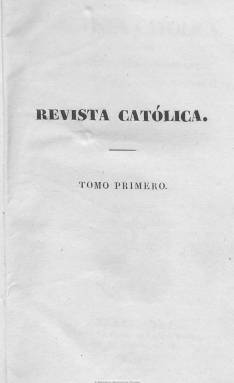
Título: Revista católica (Barcelona)
Colección: Religión
Ámbito geográfico: Barcelona
Lugar de publicación: Barcelona
Fechas: 01/07/1842-31/10/1868

Publicación que aparece en julio de 1842, fundada y dirigida en sus primeros años por quien después sería designado obispo de Vic y posteriormente de Barcelona, el apologista católico Antonio Abad Palau Termes, catalán nacido en 1806, amigo íntimo y admirador de Antonio María Claret (1807-1870), que por su parte será confesor de Isabel II, fundador de una congregación misionera y que terminará siendo canonizado en 1950. La revista mantiene a lo largo de su vida el largo subtítulo “historia contemporánea de los padecimientos y triunfos de la Iglesia de Jesucristo redactada de las pastorales, cartas y escritos de los señores obispos de ambos mundos, como también de documentos relativos a las misiones y al ministerio sacerdotal”.

Inserta reseñas, artículos y estudios de historia de la iglesia católica, con especial interés de sus misiones, así como documentos (cartas, pastorales, circulares, etc.) de los miembros de sus jerarquías; un repertorio compilatorio de bulas y otros documentos papales y de las congregaciones religiosas; informaciones sobre el movimiento del personal del episcopado y principales miembros del clero español y necrológicas de los mismos, y de los acontecimientos nacionales e internacionales en los que la institución eclesial se ve envuelta y de su situación en diversos países del mundo.

Junto a estos contenidos estrictamente de carácter religioso y eclesiástico, inserta otros de carácter oficial o gubernamental, como son los textos legales emitidos por la autoridad política y civil relativos a las instituciones eclesiásticas y religiosas, sentencias judiciales, dictámenes, discursos, etc. Incluso ofrece noticias nacionales e internacionales. Entre los epígrafes de sus secciones aparecen las de apologética, eclesiástica, histórica, oficial, científica, política o de variedades, con crónicas sobre estos asuntos. Así, será muy crítico con la desamortización eclesiástica o, desde su doctrinarismo, combatirá las ideas políticas de un catedrático como Emilio Castelar.

En suma, además de su carácter apologético, expondrá las doctrinas eclesiásticas y ofrecerá opiniones sobre los asuntos de carácter político, social e ideológico que afecten al catolicismo oficial; sin embargo, huirá de la discusión y la polémica directa. En uno de sus textos se definirá así: “Somos católicos, y escribimos tan solo para nuestros compatriotas, los católicos españoles”, en un país que considerará “exclusivamente” católico. En cuanto a quien estaba destinada la publicación, señalará que a la jerarquía eclesiástica, pero también a los fieles católicos en general.

Con periodicidad mensual, compuesta a una columna y estampada en la imprenta barcelonesa de Pablo Riera y más tarde de sus herederos, sus entregas tendrán al principio en torno al centenar de páginas, formando un tomo semestral con paginación continuada. Así edita sus primeros 33 tomos, hasta julio de 1858. A partir de aquí inicia una segunda serie, llegando más que a duplicar la paginación de sus tomos, que serán ahora mensuales y conteniendo entregas que denomina “revista decenal”. Tras editar un total de 68 tomos, correspondiendo los últimos 34 a su segunda serie, en julio de 1867 inicia la tercera serie. El último tomo de la colección de la Biblioteca Nacional de España corresponde a octubre de 1868, que es el sexto de la tercera serie y el 73 de toda ella, que comienza con una crónica política sobre los acontecimientos militares y populares que habían provocado el exilio a Isabel II. Antonio Abad Palau también había fundado entre 1847 y 1848 una colección de obras denominada Librería Religiosa, y algunos de sus textos fueron incluidos en la sección bibliográfica de la revista. Los beneficios de la empresa editorial de la publicación estuvieron destinados a financiar las misiones. Checa Godoy la ha clasificado como “neocatólica”.